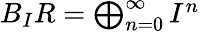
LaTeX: B_{I}R=\textstyle\bigoplus_{n=0}^{\infty}I^{n}